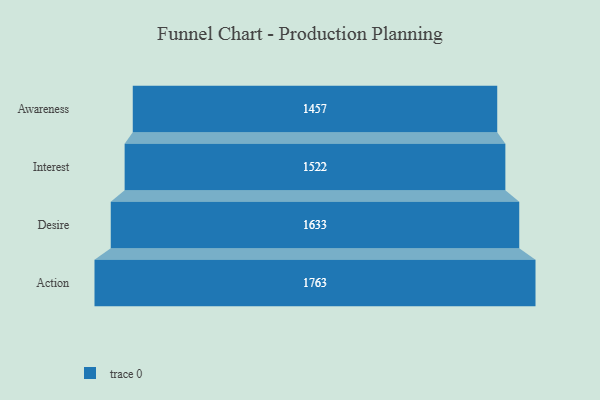
{"axis": {"x": "Stage", "y": "Value"}, "legend": [""], "data": [{"x": "Awareness", "y": 1457.0, "type": ""}, {"x": "Interest", "y": 1522.0, "type": ""}, {"x": "Desire", "y": 1633.0, "type": ""}, {"x": "Action", "y": 1763.0, "type": ""}]}